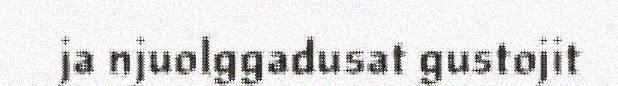
ja njuolggadusat gustojit